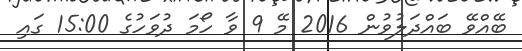
ބޭއްވޭ ބައްދަލުވުން 2016 މޭ 9 ވާ ހޯމަ ދުވަހުގެ 15:00 ގައި